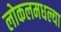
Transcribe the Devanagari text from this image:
लोकलमधल्या